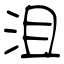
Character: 沮